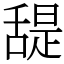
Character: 𦧧